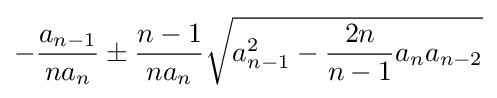
-{\frac {a_{n-1}}{na_{n}}}\pm {\frac {n-1}{na_{n}}}{\sqrt {a_{n-1}^{2}-{\frac {2n}{n-1}}a_{n}a_{n-2}}}